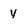
Character: y